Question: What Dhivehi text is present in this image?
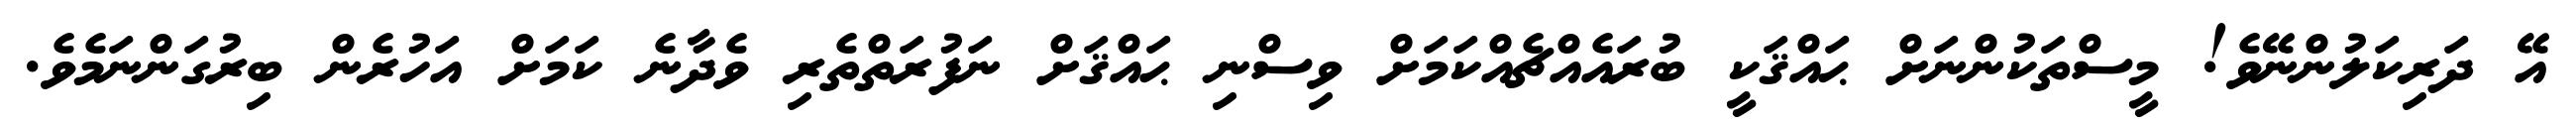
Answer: އޭ ދަރިކަލުންނޭވެ! މީސްތަކުންނަށް ޙައްޤަކީ ބުރައެއްޗެއްކަމަށް ވިސްނި ޙައްޤަށް ނަފުރަތްތެރި ވެދާނެ ކަމަށް އަހުރެން ބިރުގަންނަމެވެ.